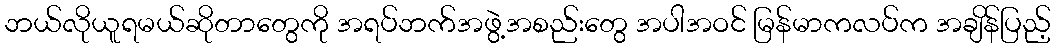
ဘယ်လိုယူရမယ်ဆိုတာတွေကို အရပ်ဘက်အဖွဲ့အစည်းတွေ အပါအဝင် မြန်မာကလပ်က အချိန်ပြည့်